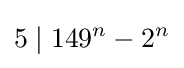
5\mid 149^{n}-2^{n}